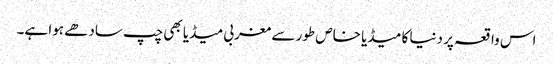
اس واقعہ پر دنیا کا میڈیا خاص طور سے مغربی میڈیا بھی چپ سادھے ہوا ہے۔